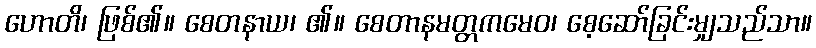
ဟောတိ၊ ဖြစ်၏။ စေတနာယ၊ ၏။ စေတာနမတ္တကမေဝ၊ စေ့ဆော်ခြင်းမျှသည်သာ။